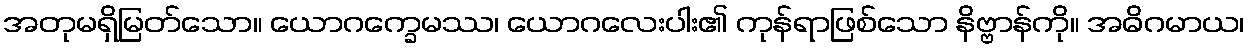
အတုမရှိမြတ်သော။ ယောဂက္ခေမဿ၊ ယောဂလေးပါး၏ ကုန်ရာဖြစ်သော နိဗ္ဗာန်ကို။ အဓိဂမာယ၊